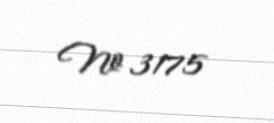
№ 3175